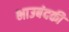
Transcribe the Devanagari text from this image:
भाउबंदकी